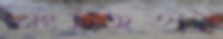
নিঃসঙ্গতায়